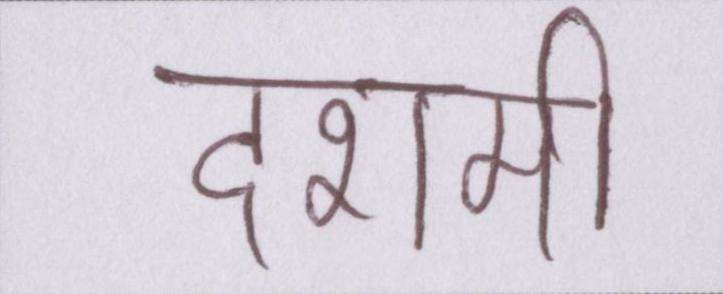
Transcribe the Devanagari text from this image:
दशमी